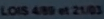
LOIS4/89et21